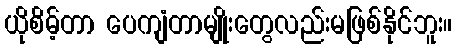
ယိုစိမ့်တာ ပေကျံတာမျိုးတွေလည်းမဖြစ်နိုင်ဘူး။